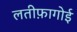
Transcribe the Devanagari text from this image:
लतीफ़ागोई